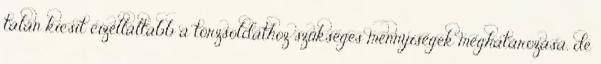
talán kicsit cizelláltabb a törzsoldathoz szükséges mennyiségek meghatározása, de